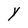
Character: y